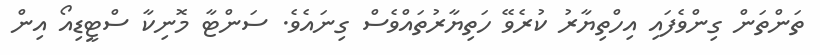
ތަންތަން ގިންވެފައި އިހްތިޔާރު ކުރެވޭ ހަތިޔާރުތައްވެސް ގިނައެވެ. ސަންޓާ މޮނިކާ ސްޓީޑިއޯ އިން